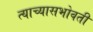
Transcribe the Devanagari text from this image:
त्याच्यासभोवती